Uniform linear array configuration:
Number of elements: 32
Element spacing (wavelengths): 0.25
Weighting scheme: hann
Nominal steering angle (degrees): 30
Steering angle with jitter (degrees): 31.858
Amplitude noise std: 0.05
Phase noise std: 0.05

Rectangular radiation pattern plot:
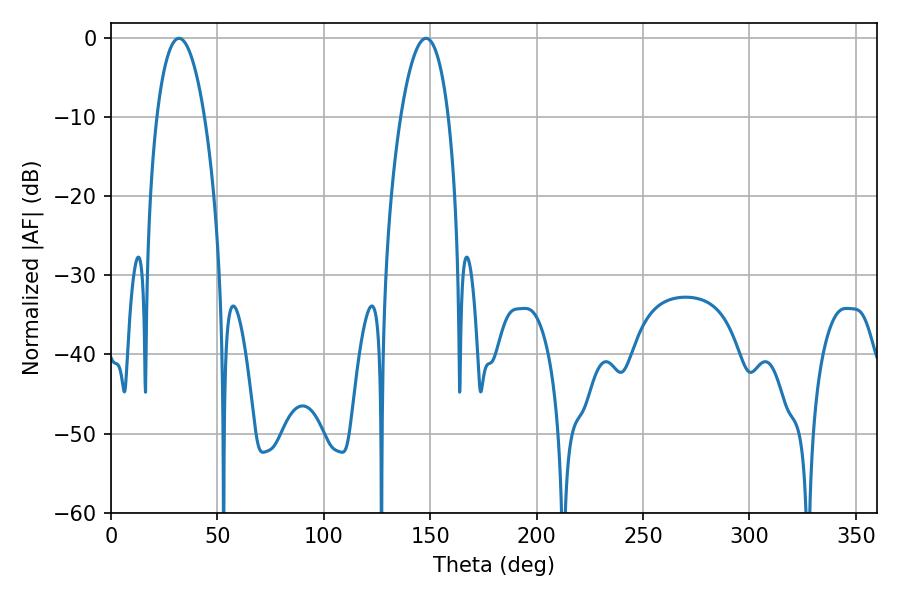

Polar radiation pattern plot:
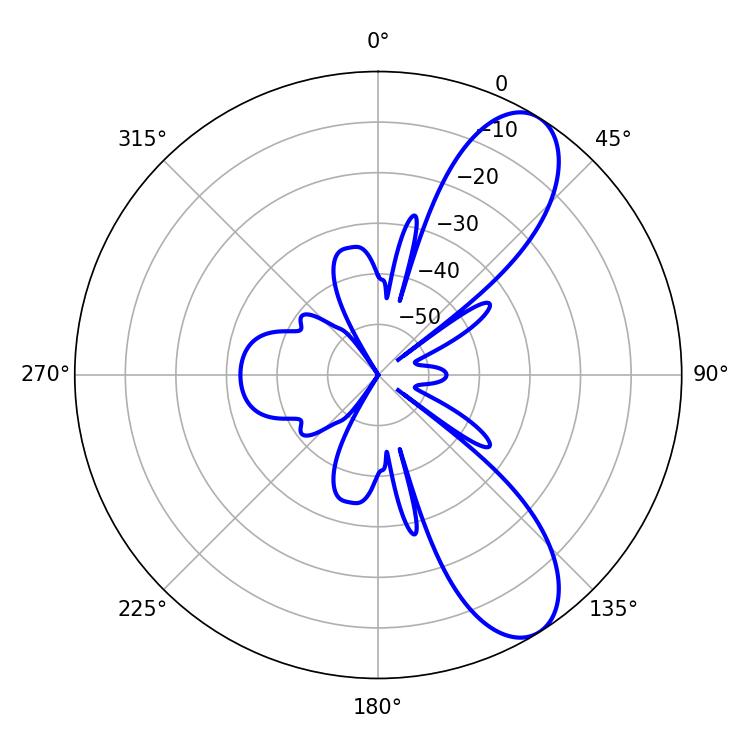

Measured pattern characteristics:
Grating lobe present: FALSE
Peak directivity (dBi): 9.075
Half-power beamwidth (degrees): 12.6
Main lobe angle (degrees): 32.04